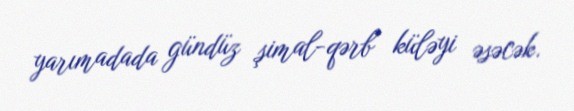
yarımadada gündüz şimal-qərb küləyi əsəcək.